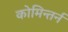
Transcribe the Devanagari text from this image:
कोमिन्तर्न